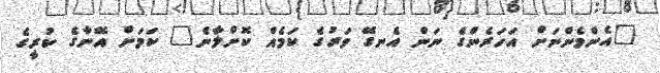
"އެންމެންނަށް އަހަރެންގެ ނަން އެނގޭ ވަރުގެ ކަމެއް ކޮށްލާނެ" ކަމަށް އޭނާގެ ކުރީގެ